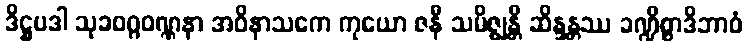
ဒိဋ္ဌပဒါ သုခဝဂ္ဂဝဏ္ဏနာ အဝိနာသကေ ကုယော ဇနီ သမိဇ္ဈန္တိ ဆိန္ဒန္တဿ ခဏ္ဍိစ္စာဒိဘာဝံ